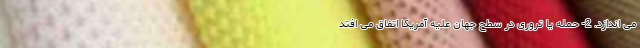
می اندازد. 2- حمله یا تروری در سطح جهان علیه آمریکا اتفاق می افتد